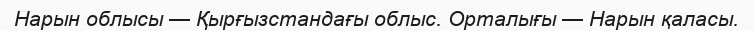
Нарын облысы — Қырғызстандағы облыс. Орталығы — Нарын қаласы.